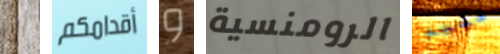
أن أقدامكم و الرومنسية عليم